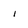
Character: i